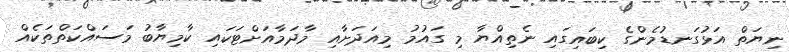
ނިޔަތް އަޅުގަނޑުމެންގެ ކިބައިގައި ނެތިއްޔާ މި ގައުމު މިއަދަށާއި މާދަމާއަށްޓަކައި ކާމިޔާބު މަސައްކަތްތަކެއް